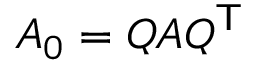
A _ { 0 } = Q A Q ^ { \mathsf { T } }